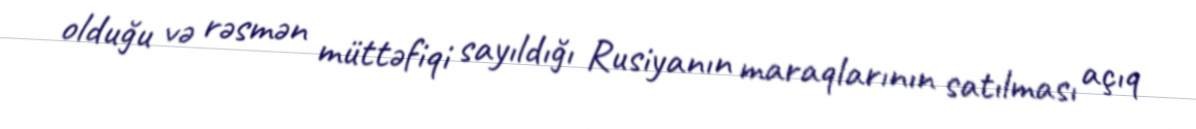
olduğu və rəsmən müttəfiqi sayıldığı Rusiyanın maraqlarının satılması açıq